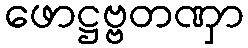
ဖောဋ္ဌဗ္ဗတဏှာ